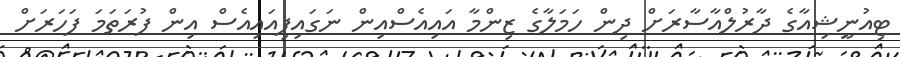
ޓިއުނީޝިއާގެ ދާރުލްއާސާރަށް ދިން ހަމަލާގެ ޒިންމާ އައިއެސްއިން ނަގައިފިއައިއެސް އިން ފުރަތަމަ ފަހަރަށް